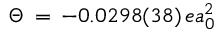
\Theta \, = \, - 0 . 0 2 9 8 ( 3 8 ) \, e a _ { 0 } ^ { 2 }